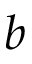
b